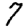
Digit: 7